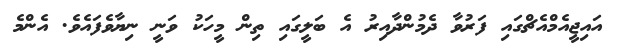
އައިޖީއެމްއެޗްގައި ފަރުވާ ދެމުންދާއިރު އެ ބަލީގައި ތިން މީހަކު ވަނީ ނިޔާވެފައެވެ. އެންމެ